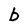
Character: b